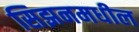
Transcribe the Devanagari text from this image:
सिझनमधील